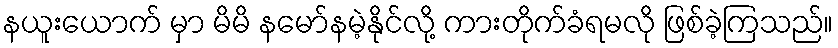
နယူးယောက် မှာ မိမိ နမော်နမဲ့နိုင်လို့ ကားတိုက်ခံရမလို ဖြစ်ခဲ့ကြသည်။